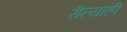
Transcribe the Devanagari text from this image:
रीत्याही